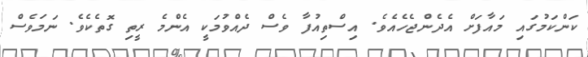
ކަންކަމުގައި މައާފަށް އެދެންޖެހެއެވެ. އިސްތިއުފާ ވެސް ދެއްވުމަކީ އެންމެ ރީތި ގޮތެކެވެ. ނަމަވެސް